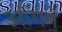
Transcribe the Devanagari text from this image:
आँगने